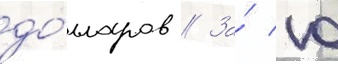
до́лларов // За́ 10